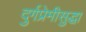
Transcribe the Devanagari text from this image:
दुर्गप्रेमीसुद्धा